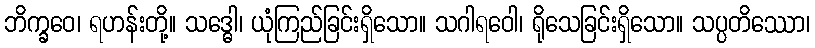
ဘိက္ခဝေ၊ ရဟန်းတို့။ သဒ္ဓေါ၊ ယုံကြည်ခြင်းရှိသော။ သဂါရဝေါ၊ ရိုသေခြင်းရှိသော။ သပ္ပတိဿော၊